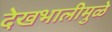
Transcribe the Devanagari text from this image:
देखभालीमुळे